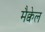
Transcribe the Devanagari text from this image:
मैक्वेल